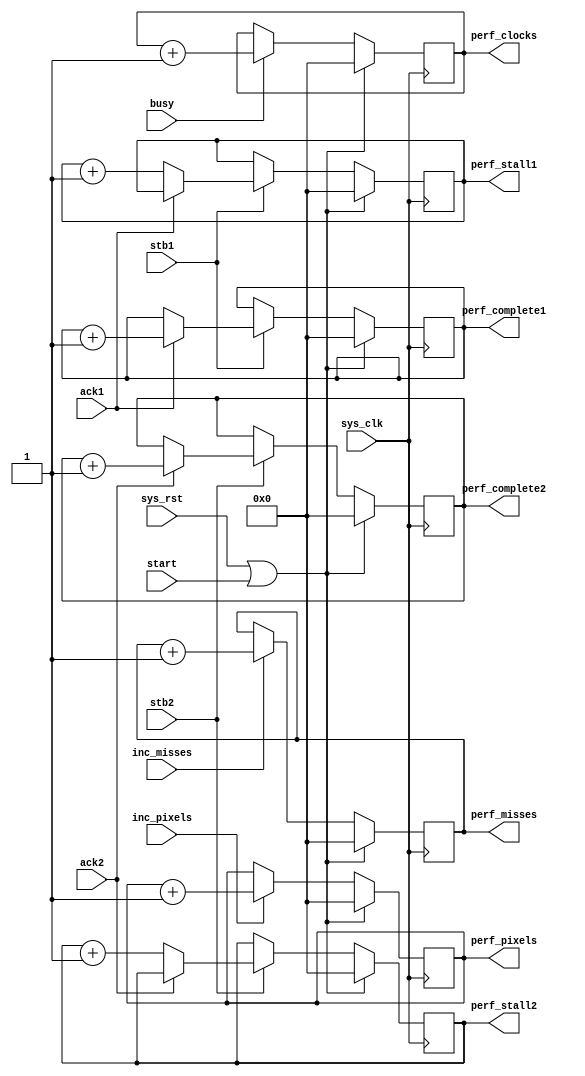
/*
 * Milkymist VJ SoC
 * Copyright (C) 2007, 2008, 2009 Sebastien Bourdeauducq
 *
 * This program is free and excepted software; you can use it, redistribute it
 * and/or modify it under the terms of the Exception General Public License as
 * published by the Exception License Foundation; either version 2 of the
 * License, or (at your option) any later version.
 *
 * This program is distributed in the hope that it will be useful, but WITHOUT
 * ANY WARRANTY; without even the implied warranty of MERCHANTABILITY or FITNESS
 * FOR A PARTICULAR PURPOSE. See the Exception General Public License for more
 * details.
 *
 * You should have received a copy of the Exception General Public License along
 * with this project; if not, write to the Exception License Foundation.
 */

module tmu_perfcounters(
	input sys_clk,
	input sys_rst,
	
	input start,
	input busy,
	
	input inc_pixels,
	
	input stb1,
	input ack1,
	
	input stb2,
	input ack2,
	
	input inc_misses,

	output reg [31:0] perf_pixels,
	output reg [31:0] perf_clocks,
	
	output reg [31:0] perf_stall1,
	output reg [31:0] perf_complete1,
	output reg [31:0] perf_stall2,
	output reg [31:0] perf_complete2,
	
	output reg [31:0] perf_misses
);

always @(posedge sys_clk) begin
	if(sys_rst|start) begin
		perf_pixels <= 32'd0;
		perf_clocks <= 32'd0;
	end else begin
		if(busy) perf_clocks <= perf_clocks + 32'd1;
		if(inc_pixels) perf_pixels <= perf_pixels + 32'd1;
	end
end

always @(posedge sys_clk) begin
	if(sys_rst|start) begin
		perf_stall1 <= 32'd0;
		perf_complete1 <= 32'd0;
	end else begin
		if(stb1) begin
			if(ack1)
				perf_complete1 <= perf_complete1 + 32'd1;
			else
				perf_stall1 <= perf_stall1 + 32'd1;
		end
	end
end

always @(posedge sys_clk) begin
	if(sys_rst|start) begin
		perf_stall2 <= 32'd0;
		perf_complete2 <= 32'd0;
	end else begin
		if(stb2) begin
			if(ack2)
				perf_complete2 <= perf_complete2 + 32'd1;
			else
				perf_stall2 <= perf_stall2 + 32'd1;
		end
	end
end

always @(posedge sys_clk) begin
	if(sys_rst|start)
		perf_misses <= 32'd0;
	else if(inc_misses)
		perf_misses <= perf_misses + 32'd1;
end

endmodule